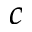
c